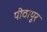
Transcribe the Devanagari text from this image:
पीठापूर